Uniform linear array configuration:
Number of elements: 48
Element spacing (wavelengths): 0.25
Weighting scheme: exponential
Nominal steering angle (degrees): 45
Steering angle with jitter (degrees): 44.866
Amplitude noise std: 0.05
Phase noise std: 0.05

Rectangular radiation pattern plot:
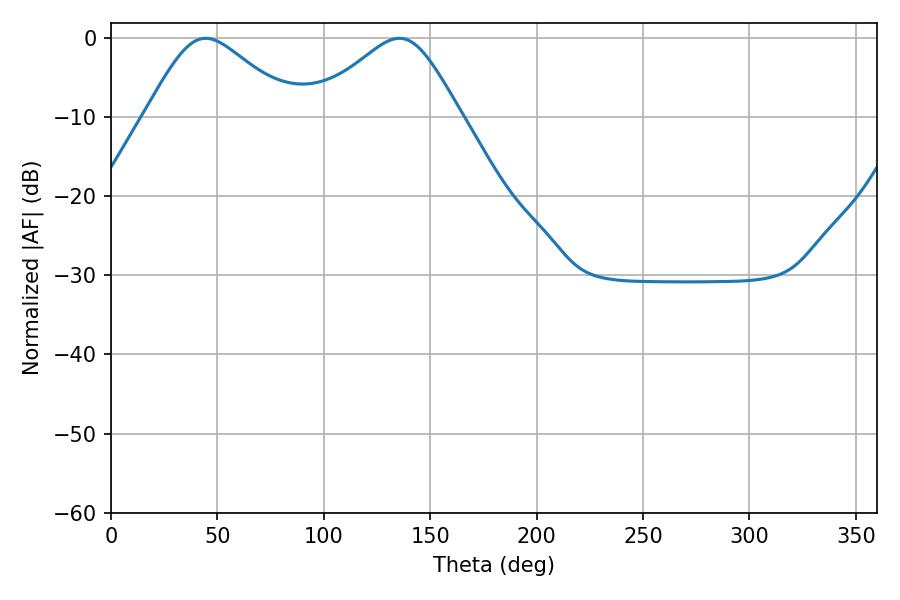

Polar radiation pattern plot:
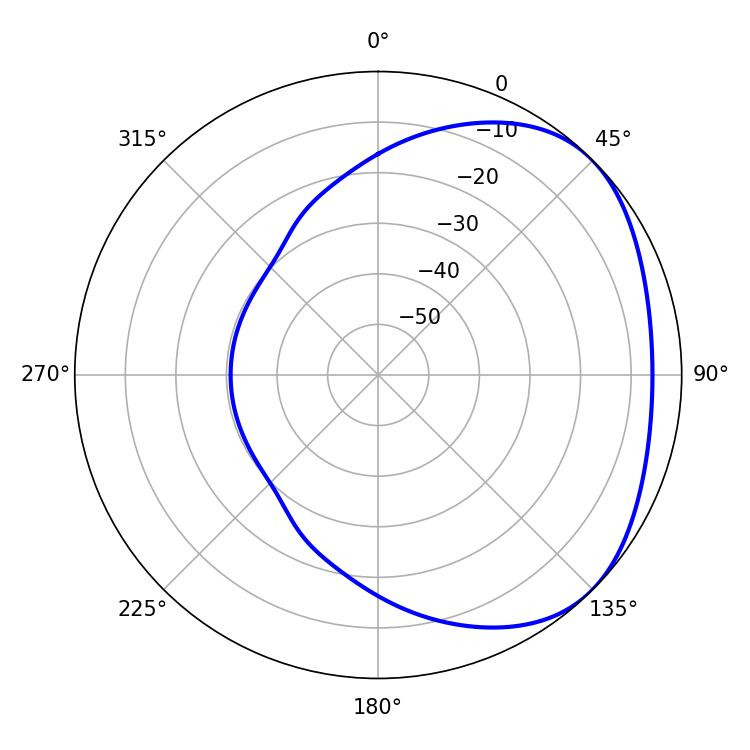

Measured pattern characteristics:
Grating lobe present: FALSE
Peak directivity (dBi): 2.888
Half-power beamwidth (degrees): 34.2
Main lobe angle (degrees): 44.46